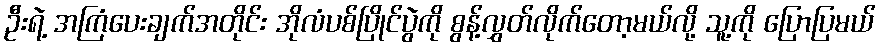
ဦးရဲ့ အကြံပေးချက်အတိုင်း အိုလံပစ်ပြိုင်ပွဲကို စွန့်လွှတ်လိုက်တော့မယ်လို့ သူ့ကို ပြောပြမယ်